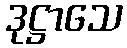
ဒုဋ္ဌာသေ